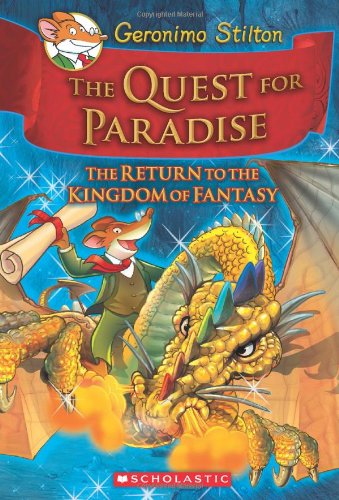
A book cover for The Return to the Kingdom of Fantasy (The Quest for Paradise); Geronimo Stilton; Children's Books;